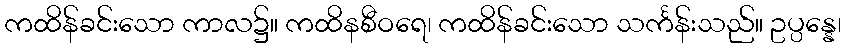
ကထိန်ခင်းသော ကာလ၌။ ကထိနစီဝရေ၊ ကထိန်ခင်းသော သင်္ကန်းသည်။ ဥပ္ပန္နေ၊